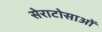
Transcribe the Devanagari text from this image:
सेराटोसाओं